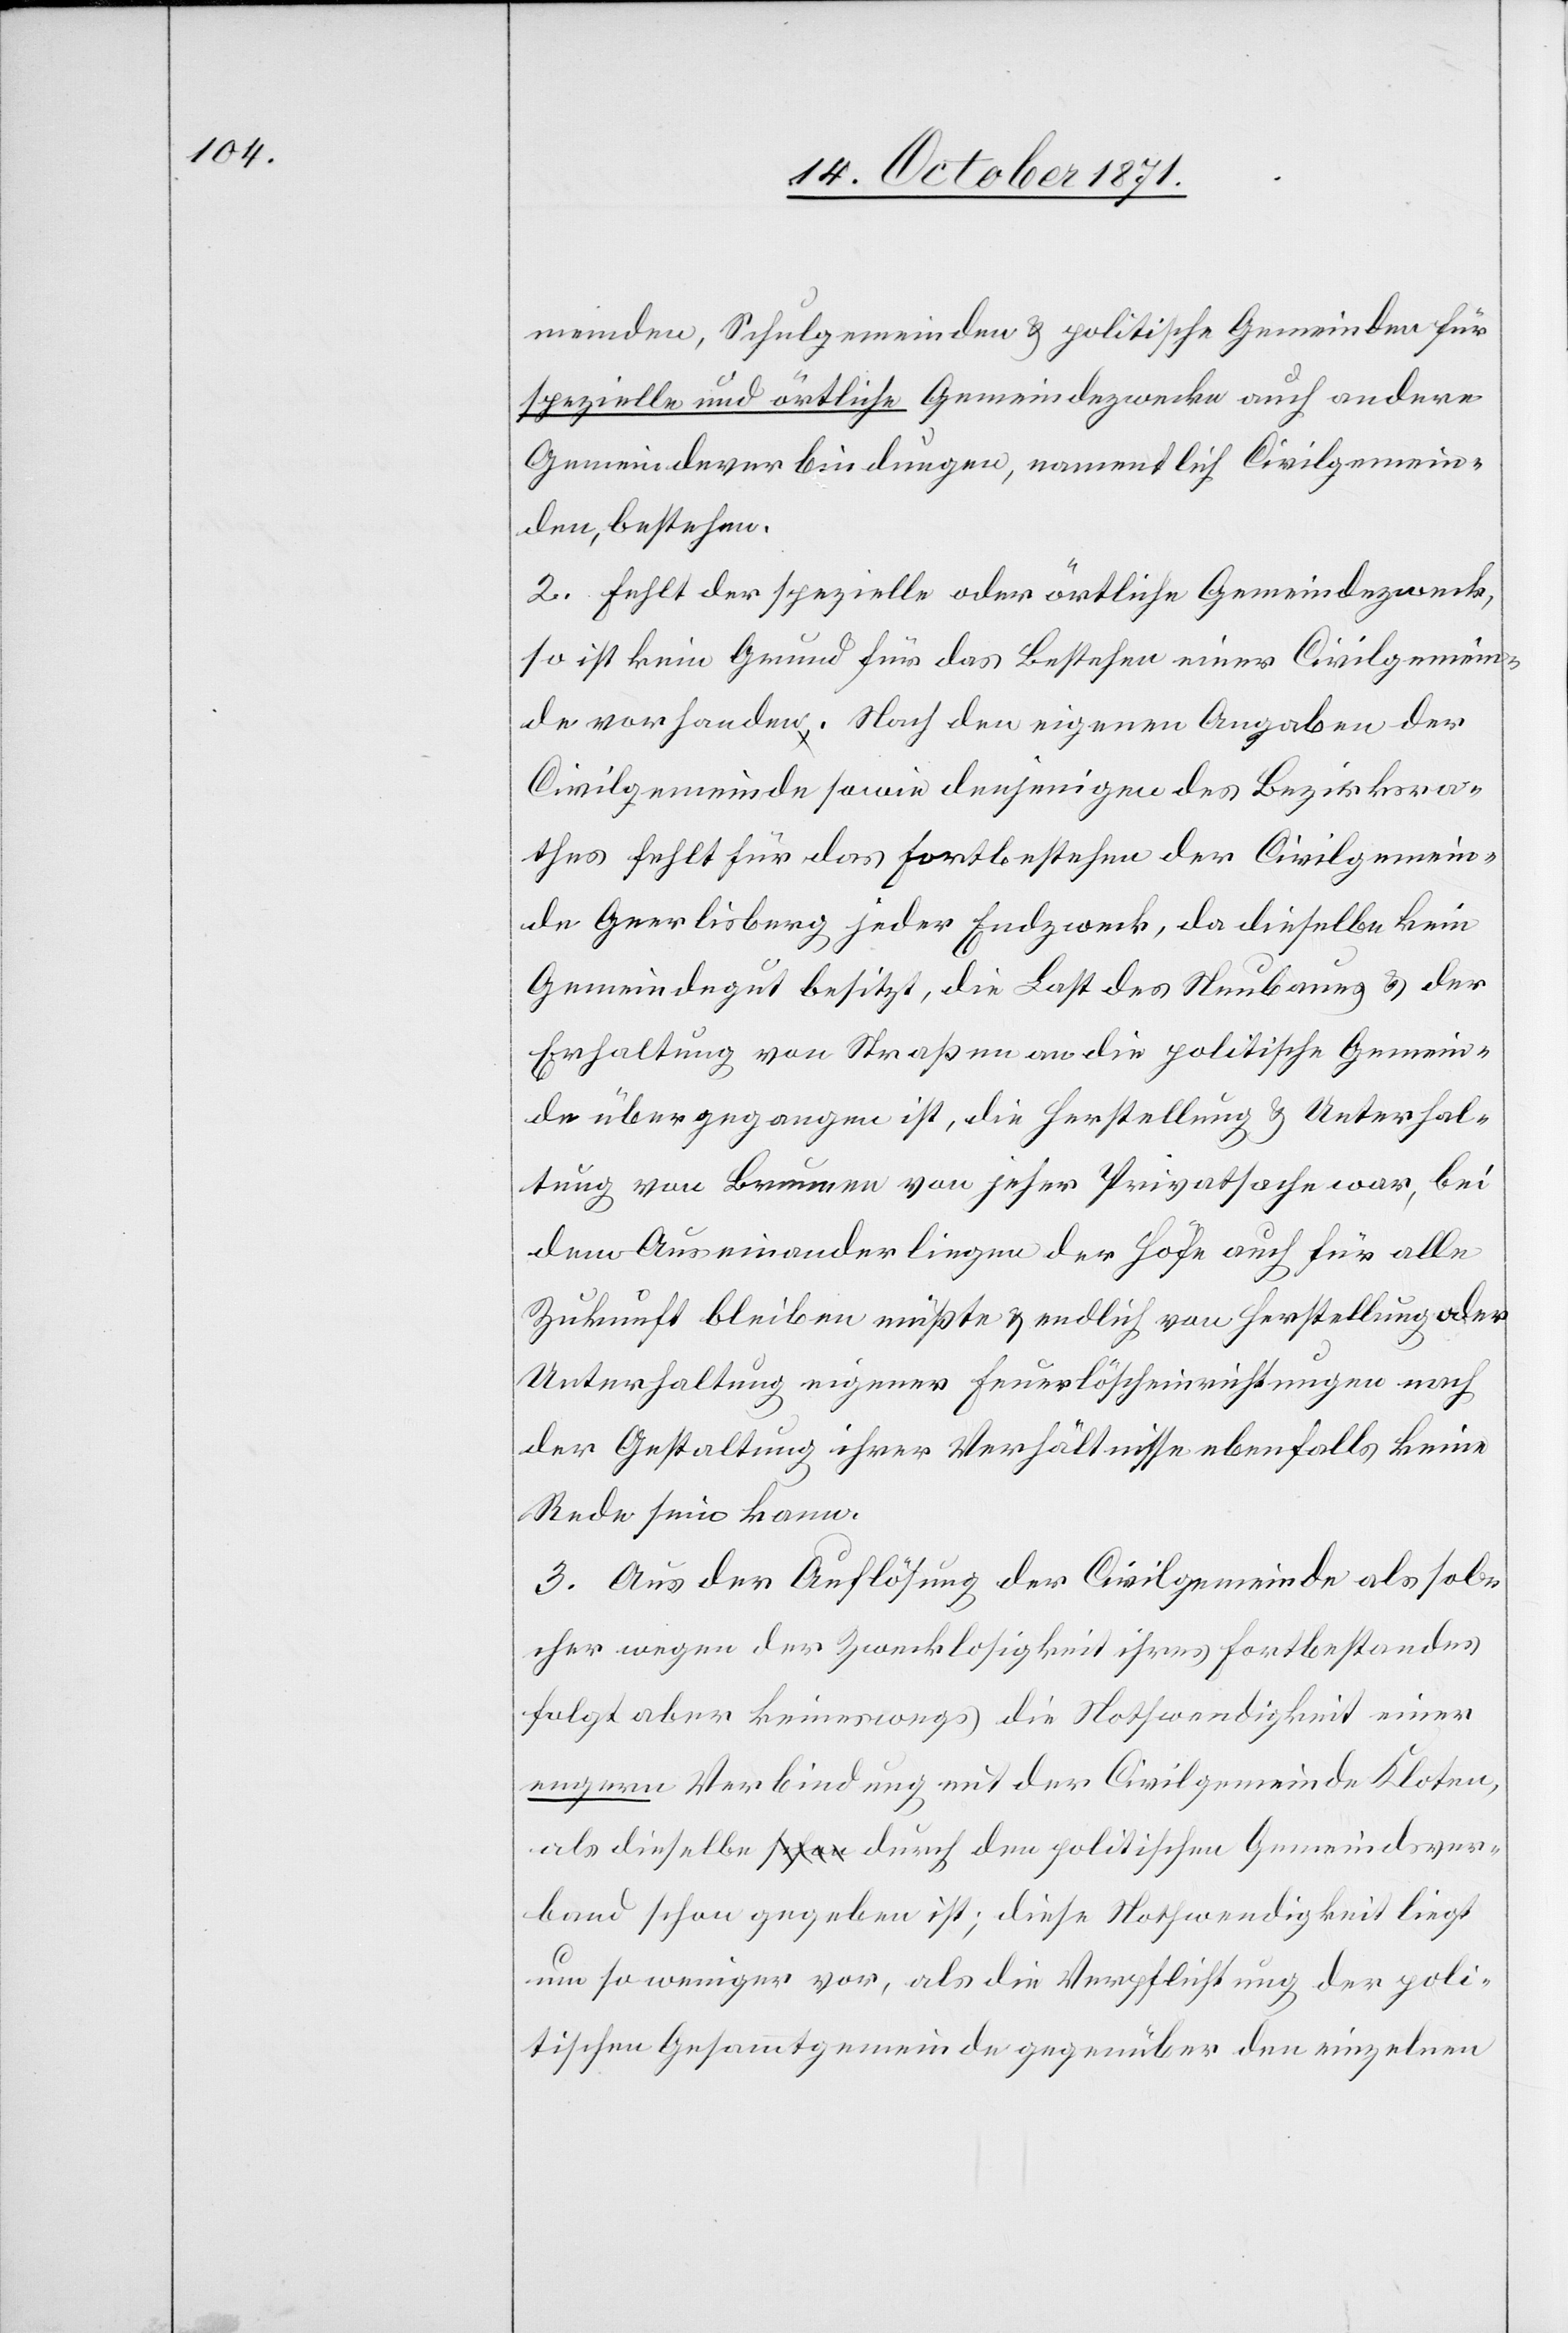
meinden, Schulgemeinden & politische Gemeinden für
spezielle und örtliche Gemeindezwecke auch andere
Gemeindeverbindungen, namentlich Civilgemein¬
den, bestehen.
2. Fehlt der spezielle oder örtliche Gemeindezweck,
so ist kein Grund für das Bestehen einer Civilgemein¬
de vorhanden. Nach den eigenen Angaben der
Civilgemeinde sowie denjenigen des Bezirksra¬
thes fehlt für das Fortbestehen der Civilgemein¬
de Geerlisberg jeder Endzweck, da dieselbe kein
Gemeindegut besitzt, die Last des Neubaues & der
Erhaltung von Straßen an die politische Gemein¬
de übergegangen ist, die Herstellung & Unterhal¬
tung von Brunnen von jeher Privatsache war, bei
dem Auseinanderliegen der Höfe auch für alle
Zukunft bleiben müßte & endlich von Herstellung oder
Unterhaltung eigener Feuerlöscheinrichtungen nach
der Gestaltung ihrer Verhältnisse ebenfalls keine
Rede sein kann.
3. Aus der Auflösung der Civilgemeinde als sol¬
cher wegen der Zwecklosigkeit ihres Fortbestandes
folgt aber keineswegs die Nothwendigkeit einer
engern Verbindung mit der Civilgemeinde Kloten,
als dieselbe durch den politischen Gemeindever¬
band schon gegeben ist; diese Nothwendigkeit liegt
um so weniger vor, als die Verpflichtung der poli¬
tischen Gesammtgemeinde gegenüber den einzelnen